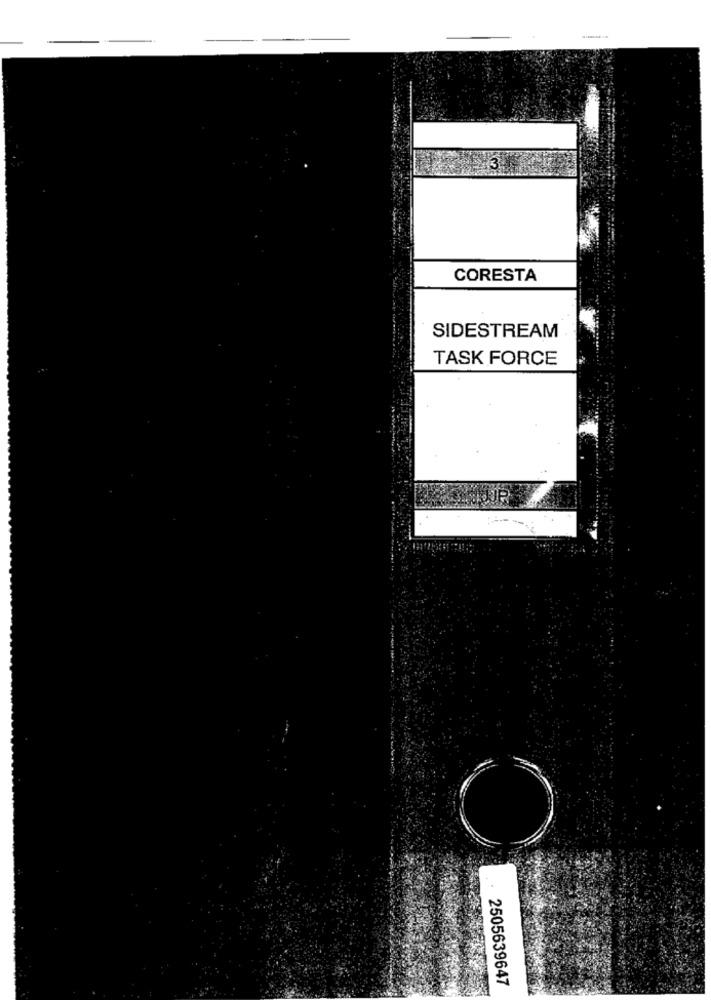
CORESTA
SIDESTREAM
TASK FORCE
2505639647